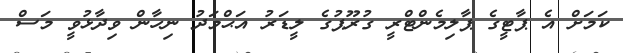
ކަމަށް އެ ޕާޓީގެ ޕާލިމެންޓްރީ ގުރޫޕުގެ ލީޑަރު އަޙްމަދު ނިހާން ވިދާޅުވީ މަސް